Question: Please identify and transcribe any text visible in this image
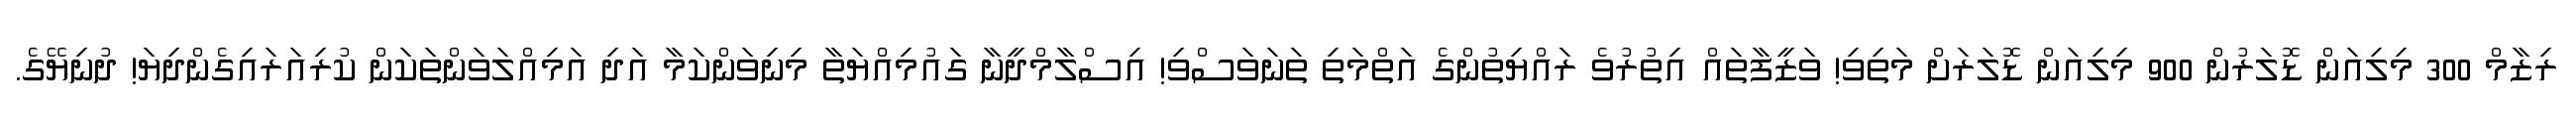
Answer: ރިޒާމް 300 މިލިއަން ޑޮލަރުން 900 މިލިއަން ޑޮލަރަށް މަތިވި! ވަޒީފާތައް އިތުރުވެ ރައްޔިތުންގެ އަތްމަތި ތަނަވަސްވި! އިސްލާމްދީނާ ގައުމިއްޔަތާ މިނިވަންކަމާ އަދި އަމިއްލަވަންތަކަން ކުރިއަރައިގެންދިޔަ! ދުނިޔޭގެ.